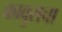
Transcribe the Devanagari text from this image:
कावुराचा